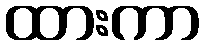
ထားကာ